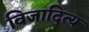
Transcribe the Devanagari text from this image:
विजादित्य